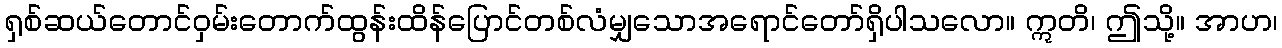
ရှစ်ဆယ်တောင်ဝှမ်းတောက်ထွန်းထိန်ပြောင်တစ်လံမျှသောအရောင်တော်ရှိပါသလော။ ဣတိ၊ ဤသို့။ အာဟ၊